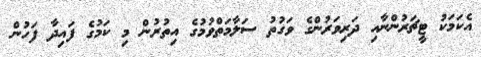
އެކަމަކު ޓީޗަރުންނާއި ދަރިވަރުންގެ ވަގުތު ސަލާމަތްވުމުގެ އިތުރުން މި ކަމުގެ ފައިދާ ފަހުން